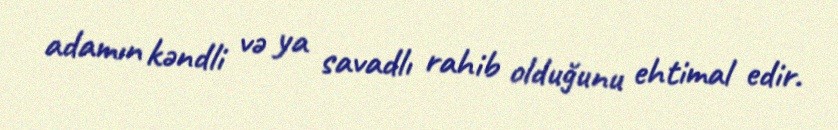
adamın kəndli və ya savadlı rahib olduğunu ehtimal edir.